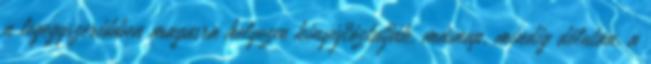
a legegyszerűbben magasra helyezve kinyújtóztatják, másnap, mindig délután, a